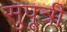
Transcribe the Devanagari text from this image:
सुपूत्री